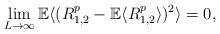
LaTeX: \begin{align*}\lim_{L\rightarrow \infty} {\mathbb E} \langle( R_{1,2} ^p-{\mathbb E} \langle R_{1,2}^p \rangle)^2 \rangle =0,\end{align*}